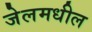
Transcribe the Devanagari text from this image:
जेलमधील